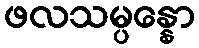
ဖလသမ္ပန္နော